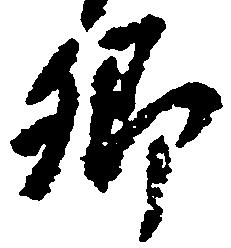
郷